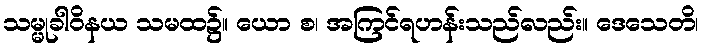
သမ္မုခါဝိနယ သမထ၌။ ယော စ၊ အကြင်ရဟန်းသည်လည်း။ ဒေသေတိ၊